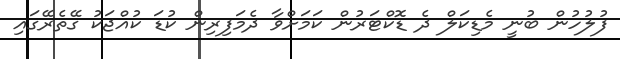
ފުލުހުން ބުނީ މެޑިކަލް ދެ ޑޮކްޓަރުން ކަމަށްވާ ދެމަފިރިން ކުޑަ ކުއްޖަކު ގޭތެރޭގައި